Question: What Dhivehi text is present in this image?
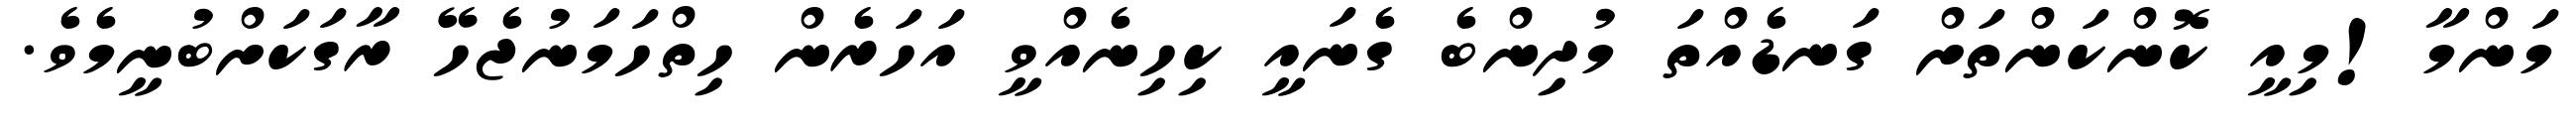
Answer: މަންމާ!މިއީ ކޮންކަންތަށް ގަނޑެއްތަ މުދިންބެ ގެނައީ ކިހިނެއްވީ އަހަރެން ހިތްހަމަނުޖެހޭ ރާގަކަށްބުނީމެވެ.